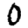
Digit: 0